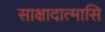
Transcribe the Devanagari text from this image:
साक्षादात्मासि